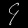
Digit: ၄